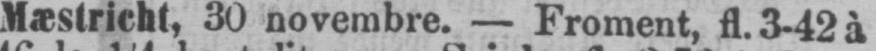
Mæstricht, 30 novembre. - Froment, f1. 3-42 à